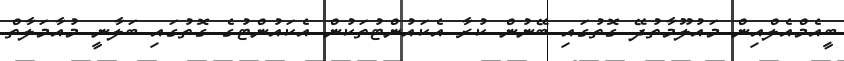
ބީއެމްއެލްއިން މައުލޫމާތުދޭ ގޮތުގައި ބޭނުން ކުރާ އެކައުންޓުތަކުން އެކައުންޓުގެ ގޮތުގައި ބަލާނީ މުއާމަލާތް